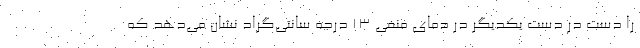
را دست در دست یکدیگر در دمای منفی 13 درجه سانتی‌گراد نشان می‌دهد که